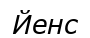
Йенс